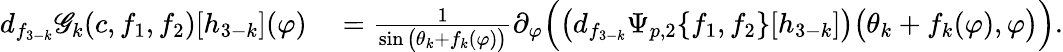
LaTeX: \begin{array}{rl}{d_{f_{3-k}}\mathscr{G}_{k}(c,f_{1},f_{2})[h_{3-k}](\varphi)}&{{}=\frac{1}{\sin\big(\theta_{k}+f_{k}(\varphi)\big)}\partial_{\varphi}\Big(\big(d_{f_{3-k}}\Psi_{p,2}\{ f_{1},f_{2}\} [h_{3-k}]\big)\big(\theta_{k}+f_{k}(\varphi),\varphi\big)\Big).}\end{array}